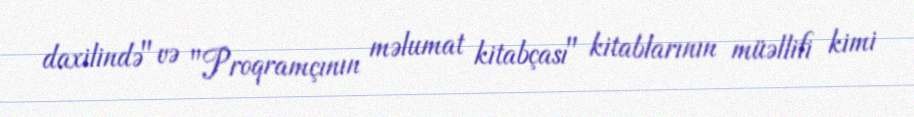
daxilində" və "Proqramçının məlumat kitabçası" kitablarının müəllifi kimi